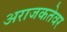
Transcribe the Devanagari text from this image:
अराजकतेवर